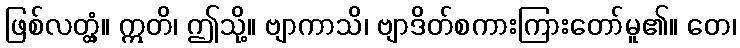
ဖြစ်လတ္တံ့။ ဣတိ၊ ဤသို့။ ဗျာကာသိ၊ ဗျာဒိတ်စကားကြားတော်မူ၏။ တေ၊